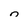
Character: n